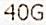
40G